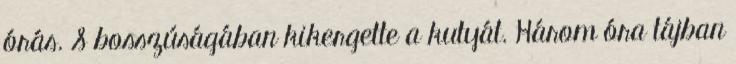
órás. S bosszúságában kikergette a kutyát. Három óra tájban